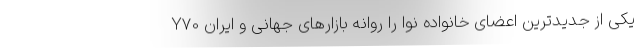
Y70 یکی از جدیدترین اعضای خانواده نوا را روانه بازارهای جهانی و ایران